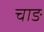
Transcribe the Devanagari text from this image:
चाङ